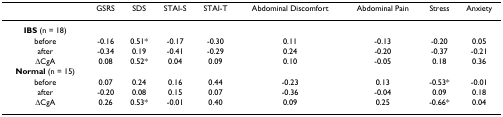
<table><thead><tr><td></td><td><b>GSRS</b></td><td><b>SDS</b></td><td><b>STAI-S</b></td><td><b>STAI-T</b></td><td><b>Abdominal Discomfort</b></td><td><b>Abdominal Pain</b></td><td><b>Stress</b></td><td><b>Anxiety</b></td></tr></thead><tbody><tr><td><b>IBS </b>(n = 18)</td><td></td><td></td><td></td><td></td><td></td><td></td><td></td><td></td></tr><tr><td>before</td><td>-0.16</td><td>0.51*</td><td>-0.17</td><td>-0.30</td><td>0.11</td><td>-0.13</td><td>-0.20</td><td>0.05</td></tr><tr><td>after</td><td>-0.34</td><td>0.19</td><td>-0.41</td><td>-0.29</td><td>0.24</td><td>-0.20</td><td>-0.37</td><td>-0.21</td></tr><tr><td>ΔCgA</td><td>0.08</td><td>0.52*</td><td>0.04</td><td>0.09</td><td>0.10</td><td>-0.05</td><td>0.18</td><td>0.36</td></tr><tr><td><b>Normal </b>(n = 15)</td><td></td><td></td><td></td><td></td><td></td><td></td><td></td><td></td></tr><tr><td>before</td><td>0.07</td><td>0.24</td><td>0.16</td><td>0.44</td><td>-0.23</td><td>0.13</td><td>-0.53*</td><td>-0.01</td></tr><tr><td>after</td><td>-0.20</td><td>0.08</td><td>0.15</td><td>0.07</td><td>-0.36</td><td>-0.04</td><td>0.09</td><td>0.18</td></tr><tr><td>ΔCgA</td><td>0.26</td><td>0.53*</td><td>-0.01</td><td>0.40</td><td>0.09</td><td>0.25</td><td>-0.66*</td><td>0.04</td></tr></tbody></table>